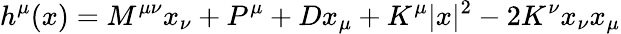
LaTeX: h^{\mu}(x)=M^{\mu\nu}x_{\nu}+P^{\mu}+Dx_{\mu}+K^{\mu}|x|^{2}-2K^{\nu}x_{\nu}x_{\mu}